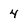
Character: 4